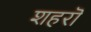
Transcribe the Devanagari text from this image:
शहरॊ